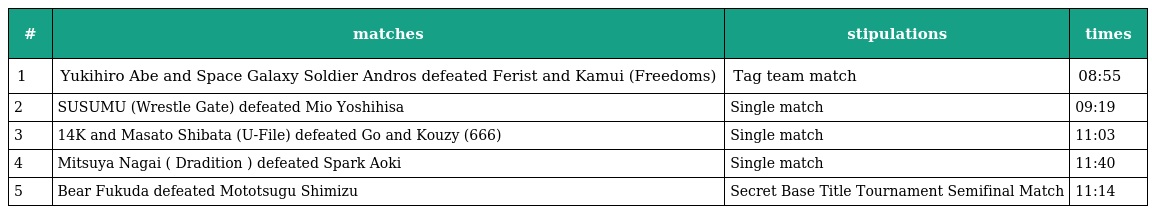
| # | matches | stipulations | times |
 | --- | --- | --- | --- |
 | 1 | Yukihiro Abe and Space Galaxy Soldier Andros defeated Ferist and Kamui (Freedoms) | Tag team match | 08:55 |
 | 2 | SUSUMU (Wrestle Gate) defeated Mio Yoshihisa | Single match | 09:19 |
 | 3 | 14K and Masato Shibata (U-File) defeated Go and Kouzy (666) | Single match | 11:03 |
 | 4 | Mitsuya Nagai ( Dradition ) defeated Spark Aoki | Single match | 11:40 |
 | 5 | Bear Fukuda defeated Mototsugu Shimizu | Secret Base Title Tournament Semifinal Match | 11:14 |